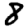
Digit: 8